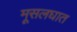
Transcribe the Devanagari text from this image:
मूसलघात